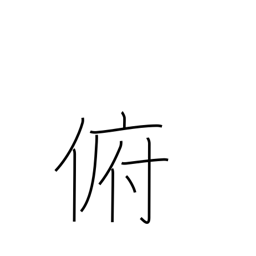
Meaning: bend down